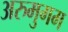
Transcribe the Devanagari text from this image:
अरुमुगम